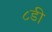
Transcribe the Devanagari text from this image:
८डी